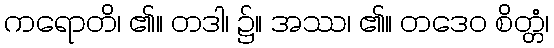
ကရောတိ၊ ၏။ တဒါ၊ ၌။ အဿ၊ ၏။ တဒေဝ စိတ္တံ၊